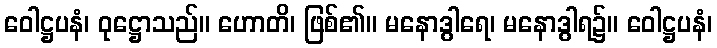
ဝေါဋ္ဌပနံ၊ ဝုဋ္ဌောသည်။ ဟောတိ၊ ဖြစ်၏။ မနောဒွါရေ၊ မနောဒွါရ၌။ ဝေါဋ္ဌပနံ၊